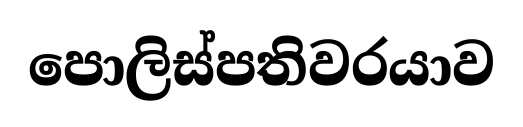
පොලිස්පතිවරයාව